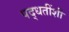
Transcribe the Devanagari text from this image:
पद्धतींशी